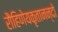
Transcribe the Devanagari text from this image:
रौहिणेयकृतानन्दो